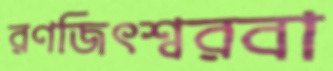
রণজিৎশ্বরবা